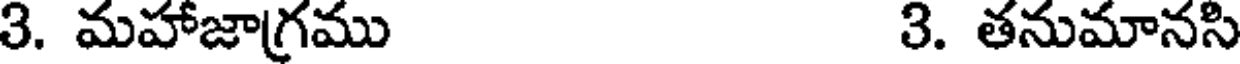
3. మహాజాగ్రము 3. తనుమానసి